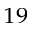
^ { 1 9 }